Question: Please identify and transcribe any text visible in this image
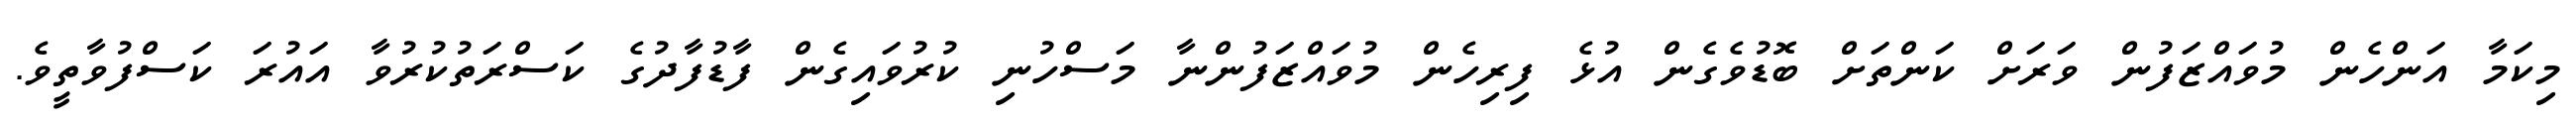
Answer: މިކަމާ އަންހެން މުވައްޒަފުން ވަރަށް ކަންތަށް ބޮޑުވެގެން އުޅެ ފިރިހެން މުވައްޒަފުންނާ މަސްހުނި ކުރުވައިގެން ފާޑުފާދުގެ ކަސްރަތުކުރުވާ އައުރަ ކަސްފުވާތީވެ.